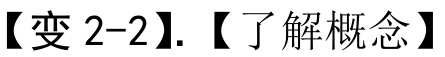
【变 2-2】.【了解概念】